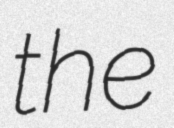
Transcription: the